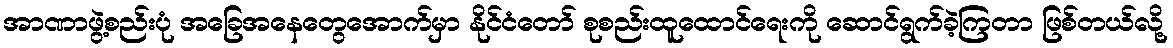
အာဏာဖွဲ့စည်းပုံ အခြေအနေတွေအောက်မှာ နိုင်ငံတော် စုစည်းထူထောင်ရေးကို ဆောင်ရွက်ခဲ့ကြတာ ဖြစ်တယ်လို့